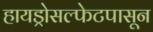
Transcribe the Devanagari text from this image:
हायड्रोसल्फेटपासून